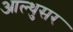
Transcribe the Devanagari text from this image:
आल्थुसर